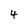
Character: 4